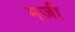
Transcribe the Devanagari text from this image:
मज़ी